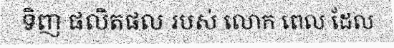
ទិញ ផលិតផល របស់ លោក ពេល ដែល